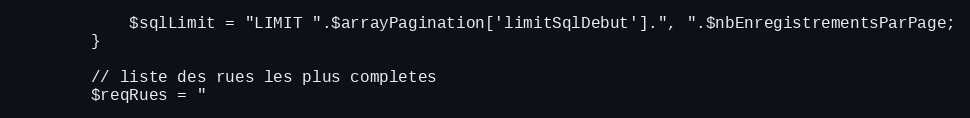
Language: PHP
			$sqlLimit = "LIMIT ".$arrayPagination['limitSqlDebut'].", ".$nbEnregistrementsParPage;
		}

		// liste des rues les plus completes
		$reqRues = "